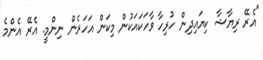
"އެރޭ ރިޔާޝާ ކިޔައިދިން ހުރިހާ ވާހަކައަކުން މިކަން އަހަރެން ނިންމީ. އެރޭ އެންމެ